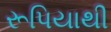
રૂપિયાથી